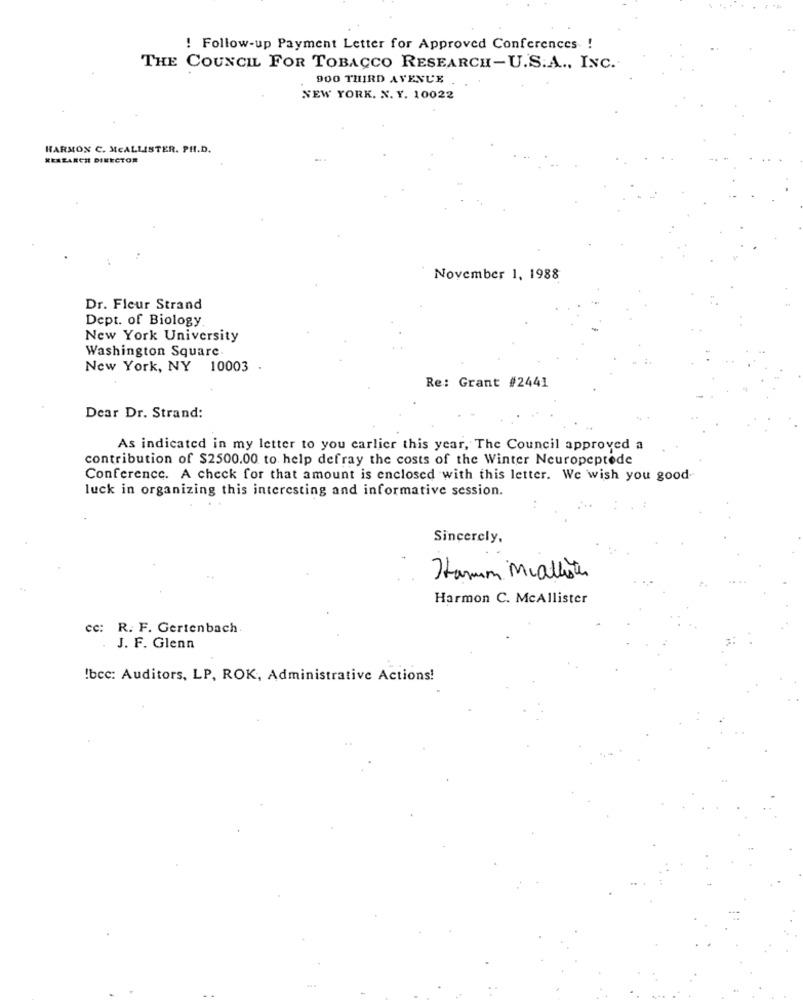
! Follow-up Payment Letter for Approved Conferences !
THE COUNCIL FOR TOBACCO RESEARCH-U.S.A ., INC.
900 THIRD AVENUE
NEW YORK. X. Y. 10022
HARMON C. MCALLISTER. PH.D.
RESEARCH DIRECTOR
November 1, 1988
Dr. Fleur Strand
Dept. of Biology
New York University
Washington Square
New York, NY 10003
Re: Grant #2441
Dear Dr. Strand:
As indicated in my letter to you earlier this year, The Council approved a
contribution of $2500.00 to help defray the costs of the Winter Neuropeptede
Conference. A check for that amount is enclosed with this letter. We wish you good
luck in organizing this interesting and informative session.
Sincerely,
Hamm Mcallister
Harmon C. McAllister
cc: R. F. Gertenbach
J. F. Glenn
!bcc: Auditors, LP, ROK, Administrative Actions!